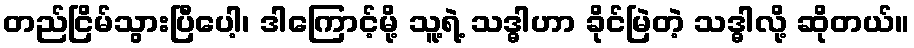
တည်ငြိမ်သွားပြီပေါ့၊ ဒါကြောင့်မို့ သူ့ရဲ့ သဒ္ဓါဟာ ခိုင်မြဲတဲ့ သဒ္ဓါလို့ ဆိုတယ်။